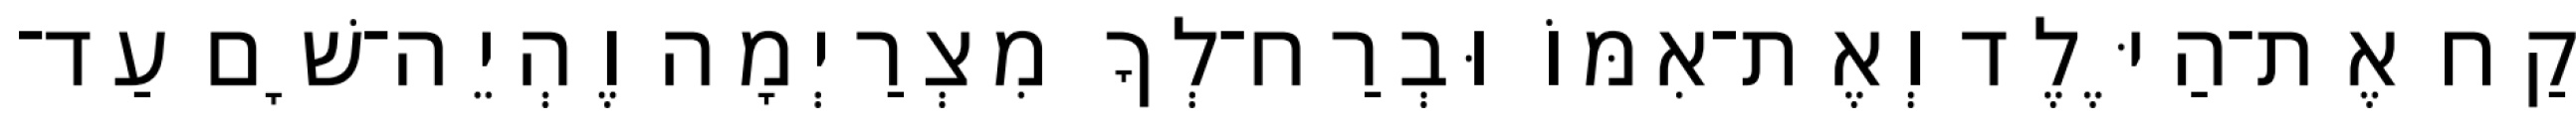
קַח אֶת־הַיֶּלֶד וְאֶת־אִמּוֹ וּבְרַח־לְךָ מִצְרַיְמָה וֶהְיֵה־שָׁם עַד־